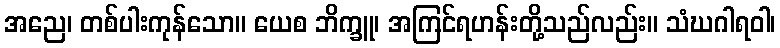
အညေ၊ တစ်ပါးကုန်သော။ ယေစ ဘိက္ခူ၊ အကြင်ရဟန်းတို့သည်လည်း။ သံဃဂါရဝါ၊